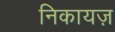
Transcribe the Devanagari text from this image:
निकायज़